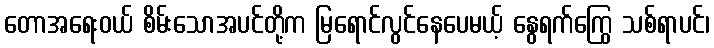
တောအရေးဝယ် စိမ်းသောအပင်တို့က မြရောင်လွင်နေပေမယ့် နွေရက်ကြွေ သစ်ရာပင်၊